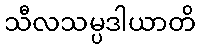
သီလသမ္ပဒါယာတိ